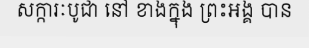
សក្ការៈបូជា នៅ ខាងក្នុង ព្រះអង្គ បាន